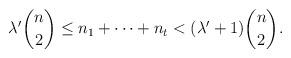
LaTeX: \begin{align*}\lambda' \binom{n}{2} \leq n_1+\cdots +n_t < (\lambda' +1) \binom{n}{2}.\end{align*}